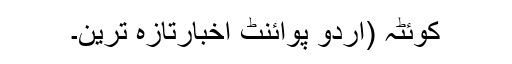
کوئٹہ (اُردو پوائنٹ اخبارتازہ ترین۔